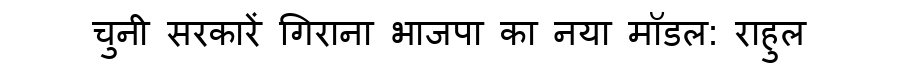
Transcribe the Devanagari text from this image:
चुनी सरकारें गिराना भाजपा का नया मॉडल: राहुल